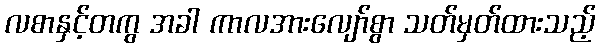
လစာနှင့်တကွ အခါ ကာလအားလျော်စွာ သတ်မှတ်ထားသည့်